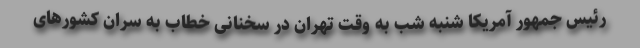
رئیس جمهور آمریکا شنبه شب به وقت تهران در سخنانی خطاب به سران کشورهای